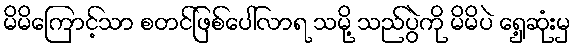
မိမိကြောင့်သာ စတင်ဖြစ်ပေါ်လာရ သမို့ သည်ပွဲကို မိမိပဲ ရှေ့ဆုံးမှ